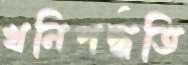
খনিপদ্ধতি